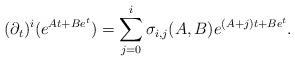
LaTeX: \begin{align*} (\partial_{t})^i(e^{At+Be^t}) =\sum_{j=0}^i \sigma_{i,j}(A,B)e^{(A+j)t+Be^t}.\end{align*}